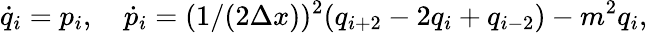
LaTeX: \dot{q}_{i}=p_{i},\quad\dot{p}_{i}=(1/(2\Delta x))^{2}(q_{i+2}-2q_{i}+q_{i-2})-m^{2}q_{i},